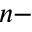
n -